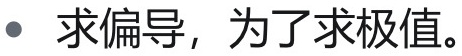
- 求偏导，为了求极值。